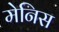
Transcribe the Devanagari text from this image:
मेनिस